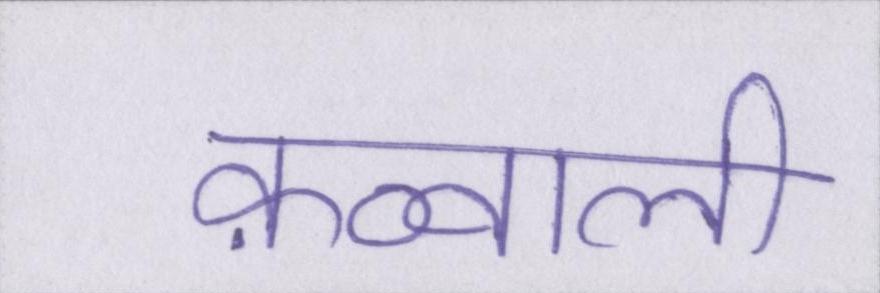
क़व्वाली